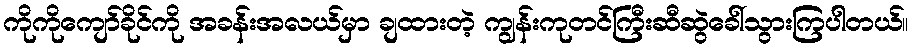
ကိုကိုကျော်ခိုင်ကို အခန်းအလယ်မှာ ချထားတဲ့ ကျွန်းကုတင်ကြီးဆီဆွဲခေါ်သွားကြပါတယ်။